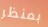
بمنظر